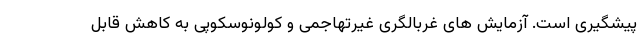
پیشگیری است. آزمایش های غربالگری غیرتهاجمی و کولونوسکوپی به کاهش قابل